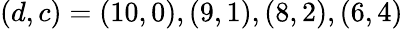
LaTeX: \left(d,c\right)=\left(10,0\right),\left(9,1\right),\left(8,2\right),\left(6,4\right)